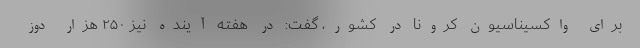
برای واکسیناسیون کرونا در کشور، گفت: در هفته آینده نیز ۲۵۰ هزار دوز